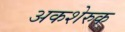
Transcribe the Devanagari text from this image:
अकशेरुक